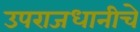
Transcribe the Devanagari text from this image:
उपराजधानीचे